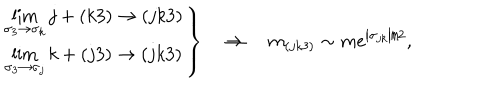
\left. \begin{array} { c } { { \lim _ { \sigma _ { 3 } \rightarrow \sigma _ { k } } j + ( k 3 ) \rightarrow ( j k 3 ) } } \\ { { \lim _ { \sigma _ { 3 } \rightarrow \sigma _ { j } } k + ( j 3 ) \rightarrow ( j k 3 ) } } \\ \end{array} \right\} \quad \Rightarrow \quad m _ { ( j k 3 ) } \sim m e ^ { \left| \sigma _ { j k } \right| / 2 } ,